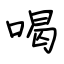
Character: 喝